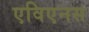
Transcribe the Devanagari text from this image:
एविएनस